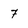
Character: 7